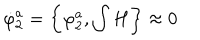
\dot { \varphi } _ { 2 } ^ { a } = \left\{ \varphi _ { 2 } ^ { a } , \int H \right\} \approx 0